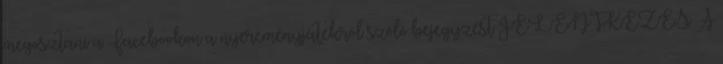
megosztani a Facebookon a nyereményjátékról szóló bejegyzést JELENTKEZÉS A